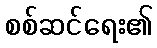
စစ်ဆင်ရေး၏